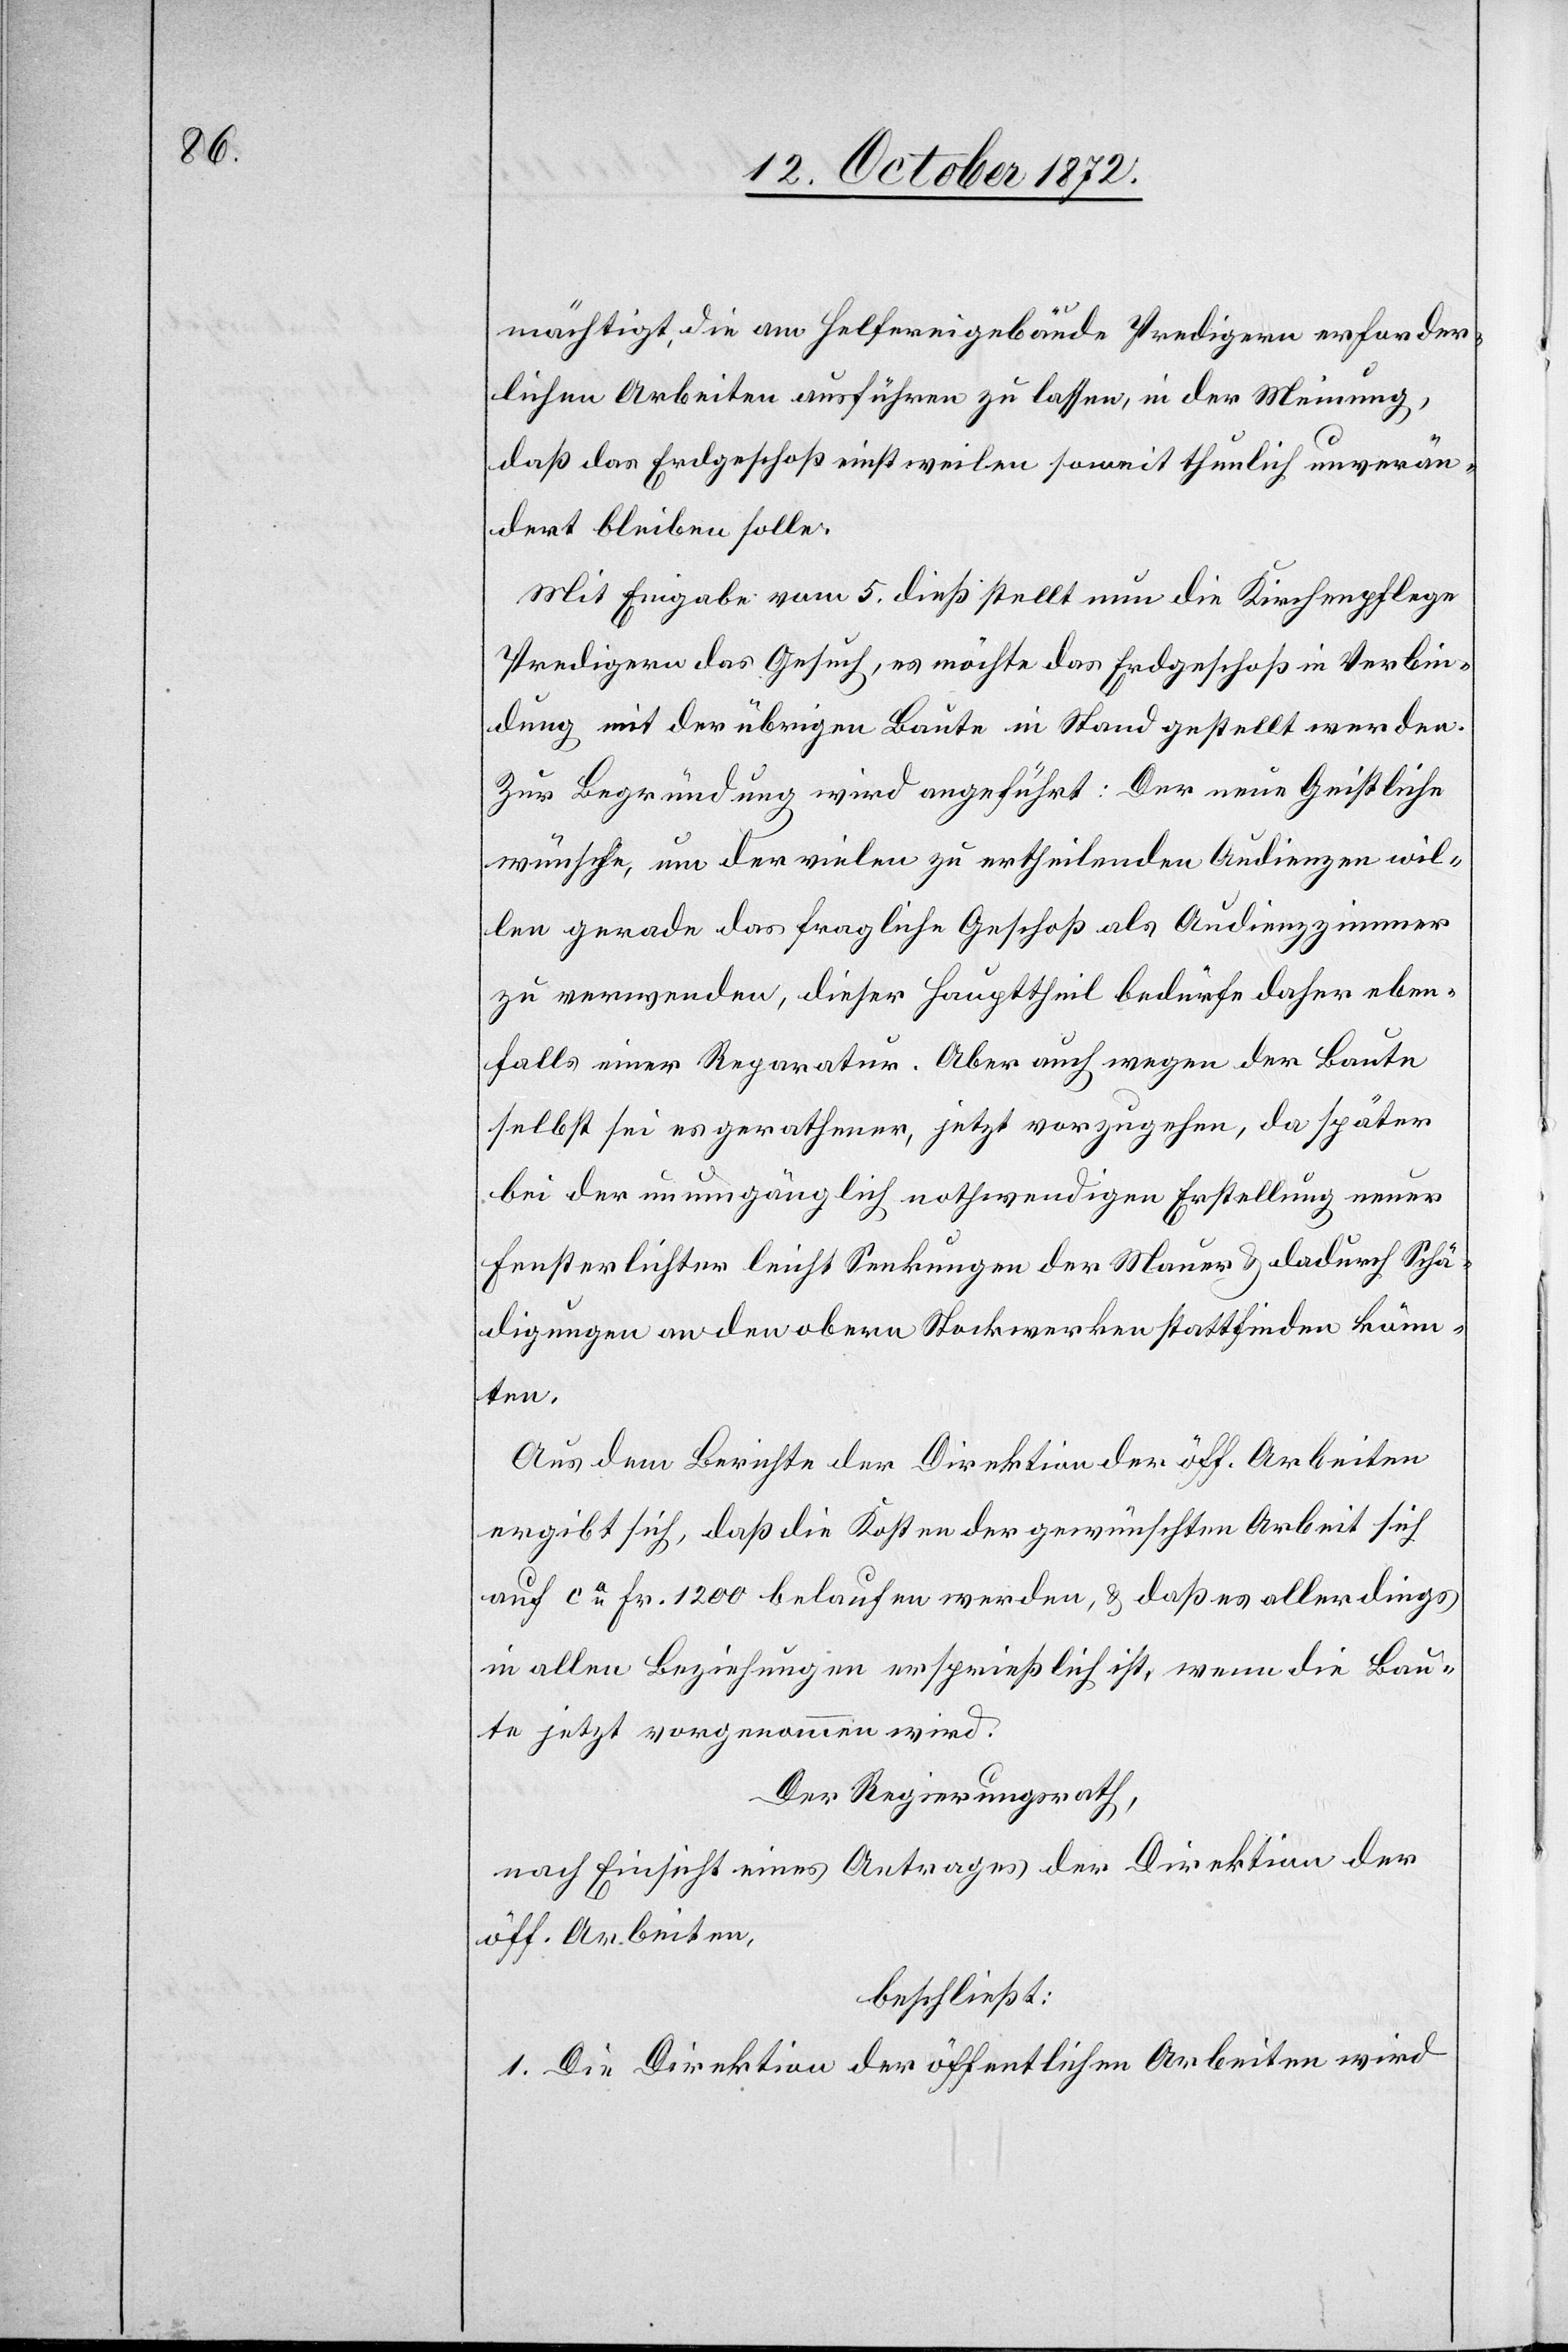
mächtigt, die am Helfereigebäude Predigern erforder¬
lichen Arbeiten ausführen zu lassen, in der Meinung,
daß das Erdgeschoß einstweilen soweit thunlich unverän¬
dert bleiben solle.
Mit Eingabe vom 5. dieß stellt nun die Kirchenpflege
Predigern das Gesuch, es möchte das Erdgeschoß in Verbin¬
dung mit der übrigen Baute in Stand gestellt werden.
Zur Begründung wird angeführt: Der neue Geistliche
wünsche, um der vielen zu ertheilenden Audienzen wil¬
len gerade das fragliche Geschoß als Audienzzimmer
zu verwenden, dieser Haupttheil bedürfe daher eben¬
falls einer Reparatur. Aber auch wegen der Baute
selbst sei es gerathener, jetzt vorzugehen, da später
bei der unumgänglich nothwendigen Erstellung neuer
Fensterlichter leicht Senkungen der Mauer u. dadurch Schä¬
digungen an den obern Stockwerken stattfinden könn¬
ten.
Aus dem Berichte der Direktion der öff. Arbeiten
ergibt sich, daß die Kosten der gewünschten Arbeit sich
auf ca Fr. 1200 belaufen werden, u. daß es allerdings
in allen Beziehungen ersprießlich ist, wenn die Bau¬
te jetzt vorgenommen wird.
Der Regierungsrath,
nach Einsicht eines Antrages der Direktion der
öff. Arbeiten,
beschließt:
1. Die Direktion der öffentlichen Arbeiten wird